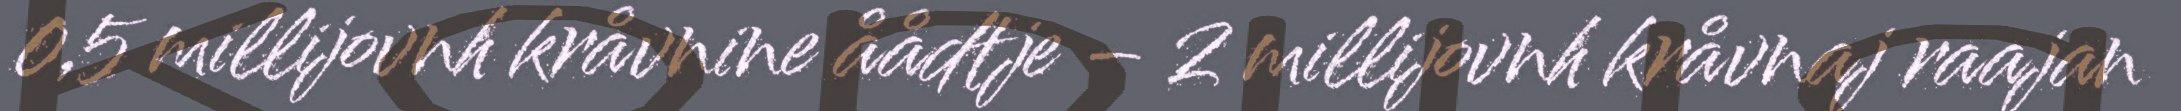
0,5 millijovnh kråvnine åådtje – 2 millijovnh kråvnaj raajan